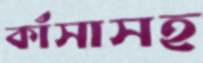
কাঁসাসহ